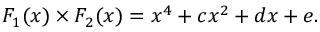
F _ { 1 } ( x ) \times F _ { 2 } ( x ) = x ^ { 4 } + c x ^ { 2 } + d x + e .